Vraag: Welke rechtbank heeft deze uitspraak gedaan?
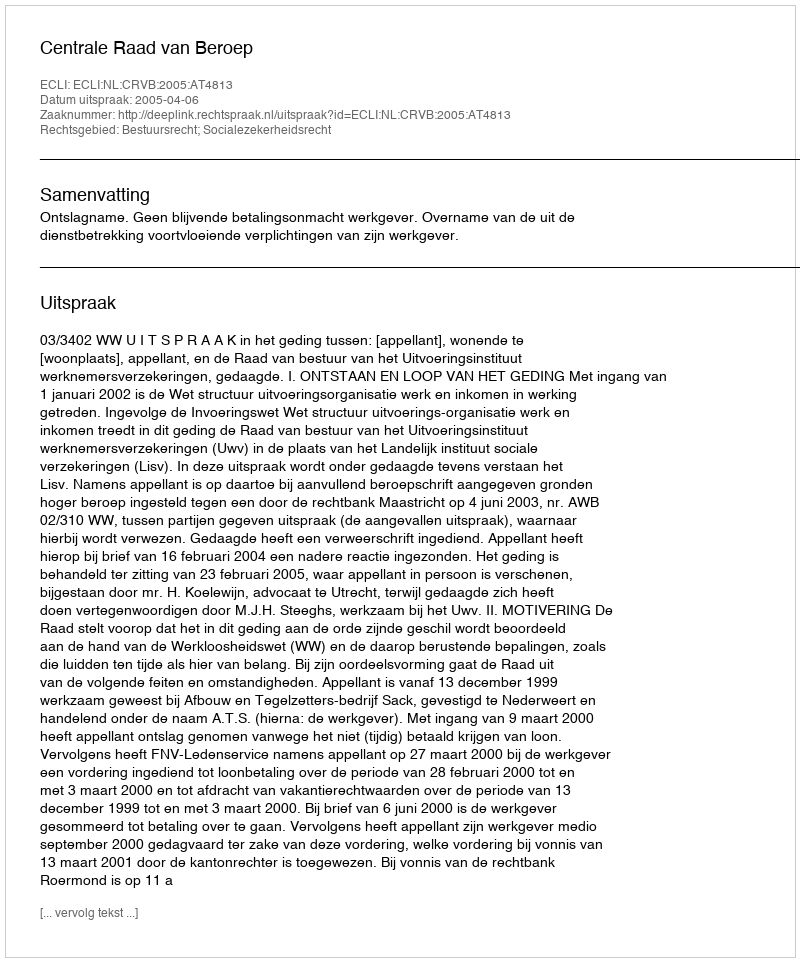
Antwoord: Centrale Raad van Beroep